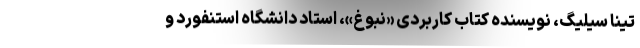
تینا سیلیگ، نویسنده کتاب کاربردی «نبوغ»، استاد دانشگاه استنفورد و